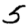
Digit: 5